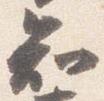
知